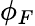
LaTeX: \phi_{F}